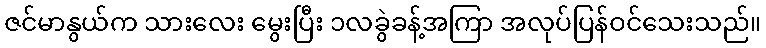
ဇင်မာနွယ်က သားလေး မွေးပြီး ၁လခွဲခန့်အကြာ အလုပ်ပြန်ဝင်သေးသည်။